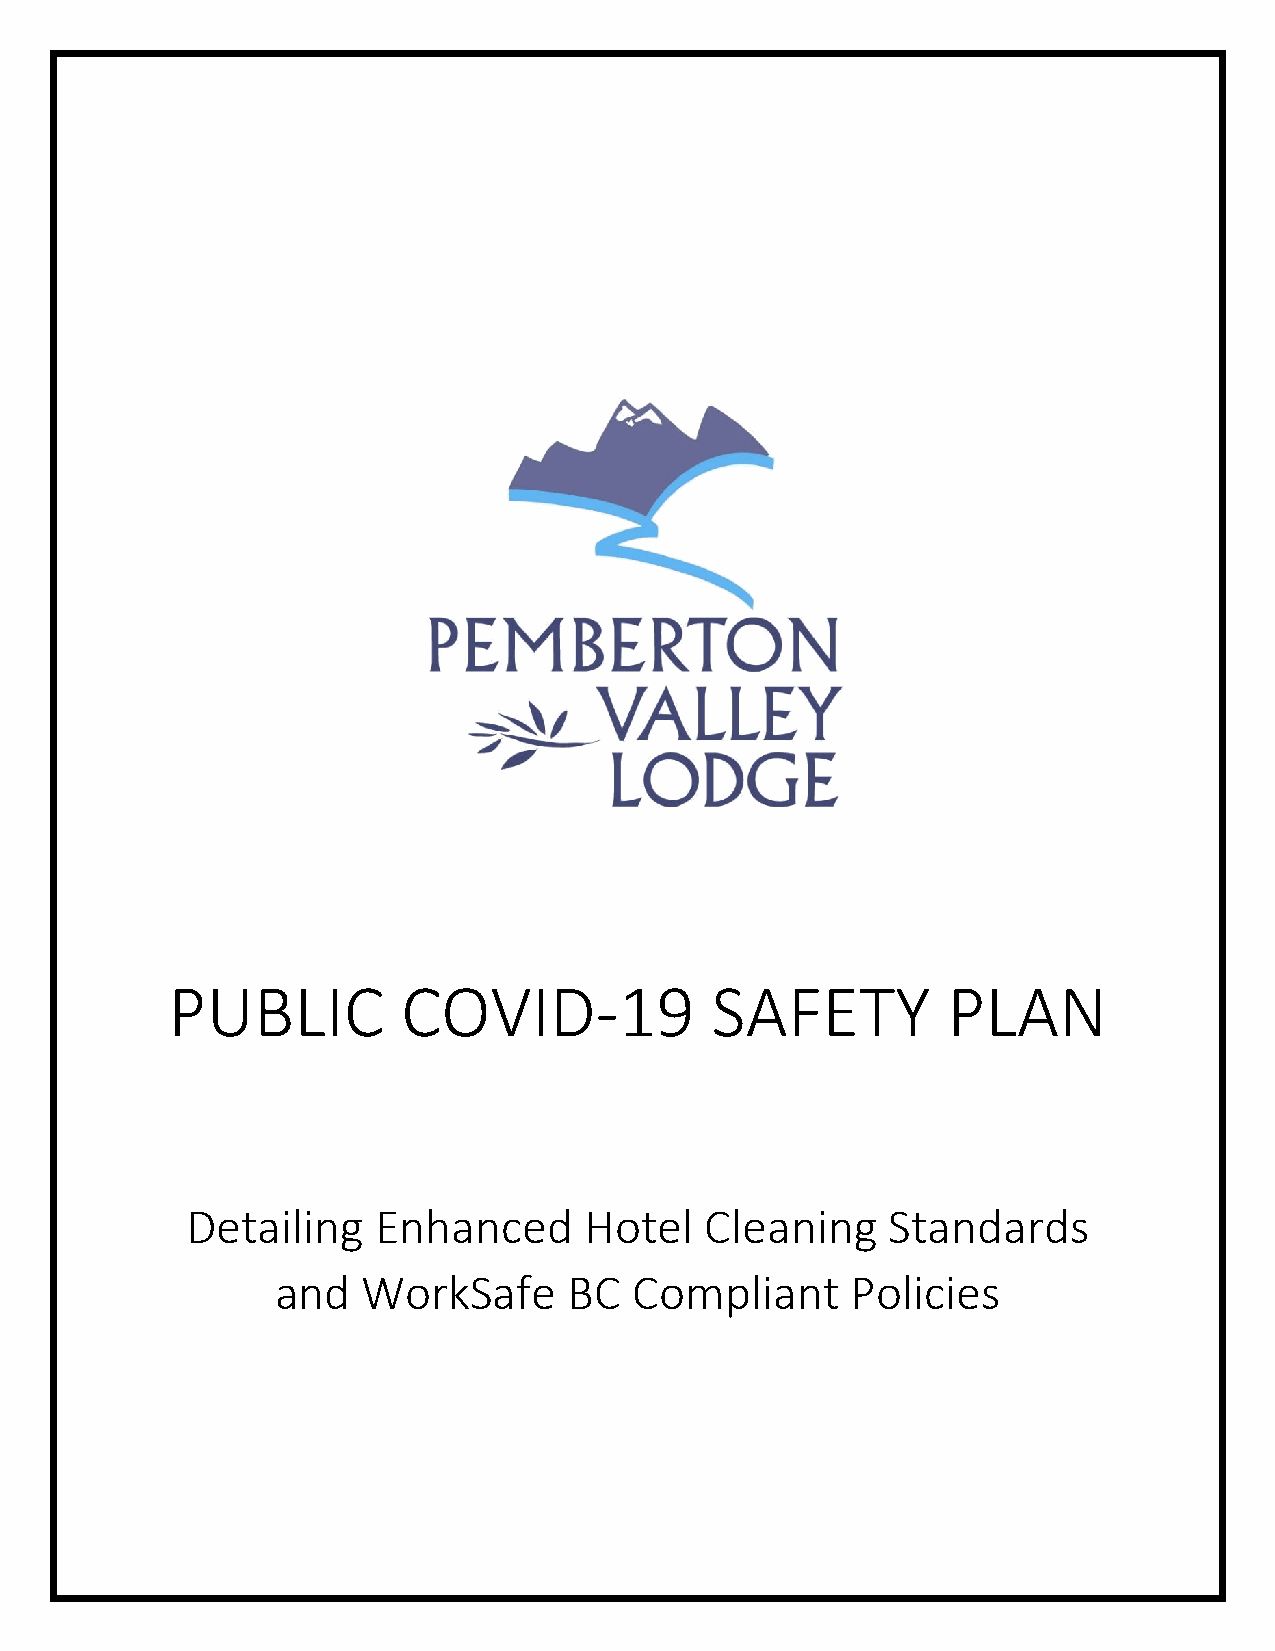
PUBLIC          COVID-19            SAFETY          PLAN
 Detailing    Enhanced      Hotel   Cleaning    Standards
 and   WorkSafe      BC  Compliant     Policies